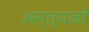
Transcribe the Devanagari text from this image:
अन्त्यजों